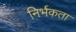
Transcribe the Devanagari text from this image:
निर्भकता